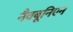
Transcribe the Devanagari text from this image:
नैवबूनिएन